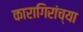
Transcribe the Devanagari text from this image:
कारागिरांच्या